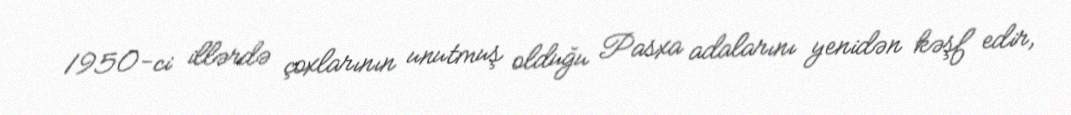
1950-ci illərdə çoxlarının unutmuş olduğu Pasxa adalarını yenidən kəşf edir,